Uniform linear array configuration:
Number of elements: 24
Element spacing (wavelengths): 0.5
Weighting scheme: exponential
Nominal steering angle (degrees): -15
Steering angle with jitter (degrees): -14.128
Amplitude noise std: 0.05
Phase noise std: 0.05

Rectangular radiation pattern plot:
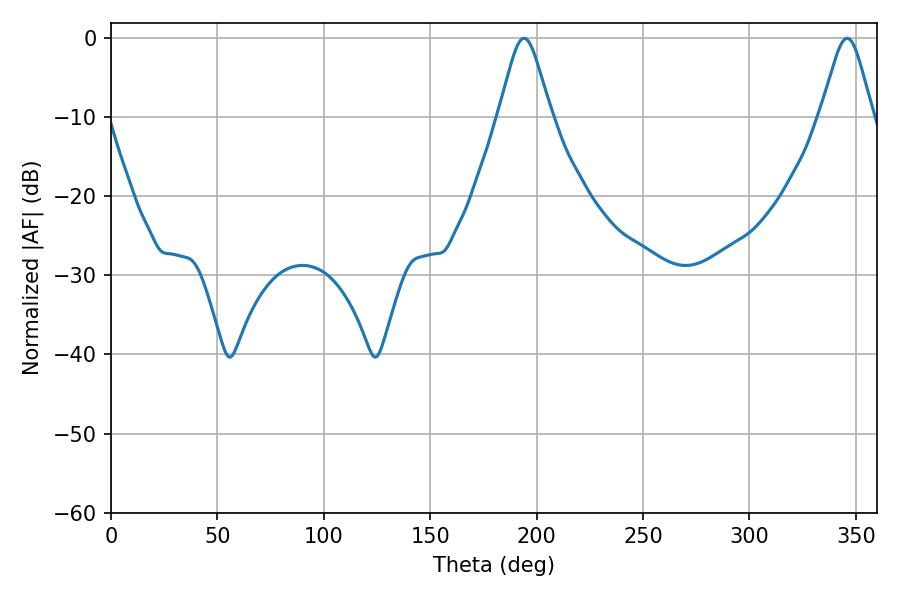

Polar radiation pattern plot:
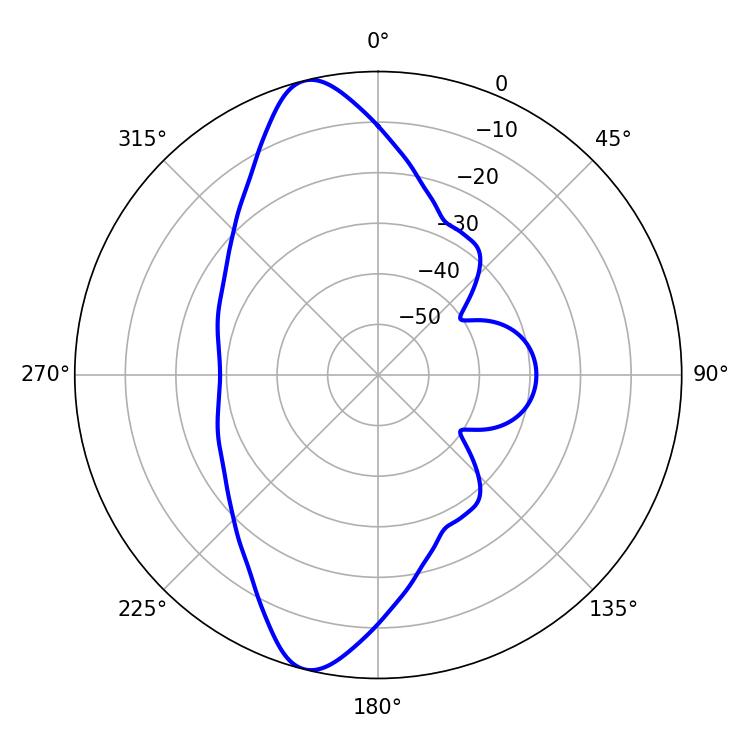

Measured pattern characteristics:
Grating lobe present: FALSE
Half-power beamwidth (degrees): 11.88
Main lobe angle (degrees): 194.04